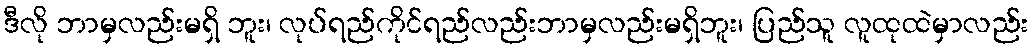
ဒီလို ဘာမှလည်းမရှိ ဘူး၊ လုပ်ရည်ကိုင်ရည်လည်းဘာမှလည်းမရှိဘူး၊ ပြည်သူ လူထုထဲမှာလည်း